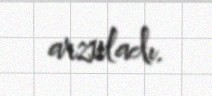
arzuladı.